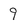
Character: 9